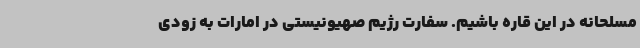
مسلحانه در این قاره باشیم. سفارت رژیم صهیونیستی در امارات به زودی